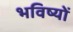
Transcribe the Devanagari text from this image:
भविष्यों